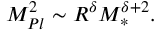
M _ { P l } ^ { 2 } \sim R ^ { \delta } M _ { \ast } ^ { \delta + 2 } .